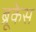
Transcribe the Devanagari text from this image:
ब्रूकेस